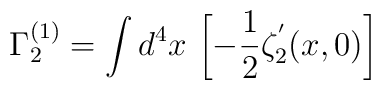
\Gamma _{2}^{(1)}=\int d^{4}x\,\left[ -{\frac{1}{2}}\zeta _{2}^{^{\prime}}(x,0)\right]